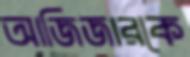
আজিজারকে